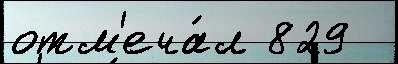
отм'еча́л 829